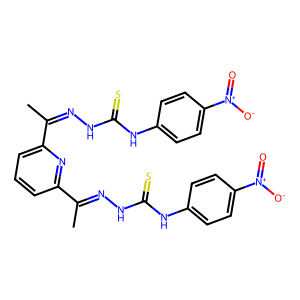
SMILES: CC(=NNC(=S)Nc1ccc([N+](=O)[O-])cc1)c1cccc(C(C)=NNC(=S)Nc2ccc([N+](=O)[O-])cc2)n1
Inhibits HIV replication: No